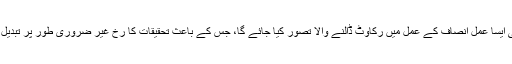
کوئی بھی ایسا عمل انصاف کے عمل میں رکاوٹ ڈالنے والا تصور کیا جائے گا، جس کے باعث تحقیقات کا رُخ غیر ضروری طور پر تبدیل ہوجائے۔